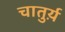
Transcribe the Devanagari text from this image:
चातुर्य़